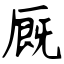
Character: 厩